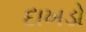
દાખડો